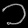
Digit: ၁